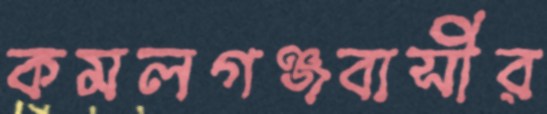
কমলগঞ্জবাসীর